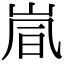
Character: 𫵽